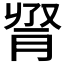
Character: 𦛫